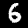
Digit: 6